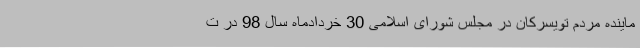
ماینده مردم تویسرکان در مجلس شورای اسلامی 30 خردادماه سال 98 در ت